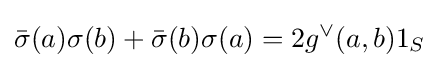
{\bar {\sigma }}(a)\sigma (b)+{\bar {\sigma }}(b)\sigma (a)=2g^{\vee }(a,b)1_{S}